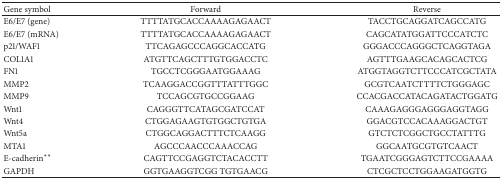
<table><thead><tr><td><b>Gene symbol </b></td><td><b>Forward </b></td><td><b>Reverse </b></td></tr></thead><tbody><tr><td>E6/E7 (gene)</td><td>TTTTATGCACCAAAAGAGAACT</td><td>TACCTGCAGGATCAGCCATG</td></tr><tr><td>E6/E7 (mRNA)</td><td>TTTTATGCACCAAAAGAGAACT</td><td>CAGCATATGGATTCCCATCTC</td></tr><tr><td>p21/WAF1</td><td>TTCAGAGCCCAGGCACCATG</td><td>GGGACCCAGGGCTCAGGTAGA</td></tr><tr><td>COL1A1</td><td>ATGTTCAGCTTTGTGGACCTC</td><td>AGTTTGAAGCACAGCACTCG</td></tr><tr><td>FN1</td><td>TGCCTCGGGAATGGAAAG</td><td>ATGGTAGGTCTTCCCATCGCTATA</td></tr><tr><td>MMP2</td><td>TCAAGGACCGGTTTATTTGGC</td><td>GCGTCAATCTTTTCTGGGAGC</td></tr><tr><td>MMP9</td><td>TCCAGCGTGCCGGAAG</td><td>CCACGACCATACAGATACTGGATG</td></tr><tr><td>Wnt1</td><td>CAGGGTTCATAGCGATCCAT</td><td>CAAAGAGGGAGGGAGGTAGG</td></tr><tr><td>Wnt4</td><td>CTGGAGAAGTGTGGCTGTGA</td><td>GGACGTCCACAAAGGACTGT</td></tr><tr><td>Wnt5a</td><td>CTGGCAGGACTTTCTCAAGG</td><td>GTCTCTCGGCTGCCTATTTG</td></tr><tr><td>MTA1</td><td>AGCCCAACCCAAACCAG</td><td>GGCAATGCGTGTCAACT</td></tr><tr><td>E-cadherin<sub> </sub><sup><i>∗∗</i></sup> </td><td>CAGTTCCGAGGTCTACACCTT</td><td>TGAATCGGGAGTCTTCCGAAAA</td></tr><tr><td>GAPDH</td><td>GGTGAAGGTCGG TGTGAACG</td><td>CTCGCTCCTGGAAGATGGTG</td></tr></tbody></table>